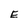
Character: E